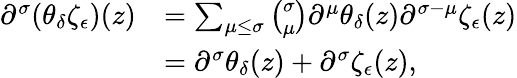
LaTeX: \begin{array}{rl}{\partial^{\sigma}(\theta_{\delta}\zeta_{\epsilon})(z)}&{=\sum_{\mu\le\sigma}{\binom{\sigma}{\mu}}\partial^{\mu}\theta_{\delta}(z)\partial^{\sigma-\mu}\zeta_{\epsilon}(z)}\\ &{=\partial^{\sigma}\theta_{\delta}(z)+\partial^{\sigma}\zeta_{\epsilon}(z),}\end{array}